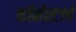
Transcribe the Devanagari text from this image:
कॉर्नस्टार्च